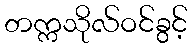
တက္ကသိုလ်ဝင်ခွင့်